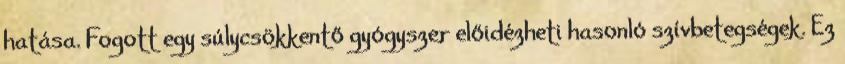
hatása. Fogott egy súlycsökkentő gyógyszer előidézheti hasonló szívbetegségek. Ez